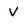
Character: V